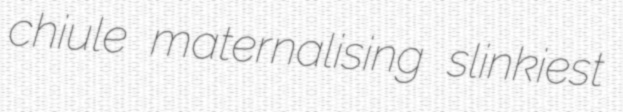
chiule maternalising slinkiest